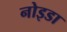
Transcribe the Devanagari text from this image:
नोइडा